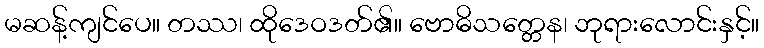
မဆန့်ကျင်ပေ။ တဿ၊ ထိုဒေဝဒတ်၏။ ဗောဓိသတ္တေန၊ ဘုရားလောင်းနှင့်။